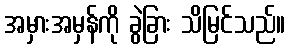
အမှားအမှန်ကို ခွဲခြား သိမြင်သည်။